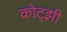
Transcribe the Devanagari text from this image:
कोट्झी